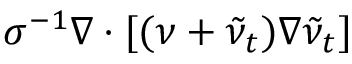
\sigma ^ { - 1 } \nabla \cdot [ ( \nu + \tilde { \nu } _ { t } ) \nabla \tilde { \nu } _ { t } ]